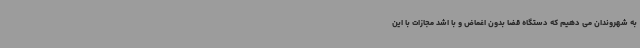
به شهروندان می دهیم که دستگاه قضا بدون اغماض و با اشد مجازات با این